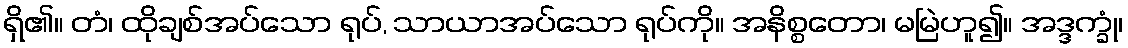
ရှိ၏။ တံ၊ ထိုချစ်အပ်သော ရုပ်, သာယာအပ်သော ရုပ်ကို။ အနိစ္စတော၊ မမြဲဟူ၍။ အဒ္ဒက္ခုံ၊